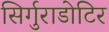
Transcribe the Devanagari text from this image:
सिर्गुराडोटिर